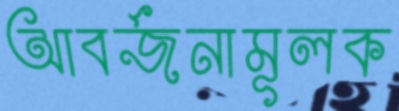
আবর্জনামূলক